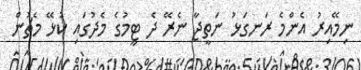
ނިމޭއިރު އެންމެ ރަނގަޅު ނަތީޖާ ނެރޭ ދެ ޓީމުގެ މެދުގައި ކުޅޭ މެޗުން